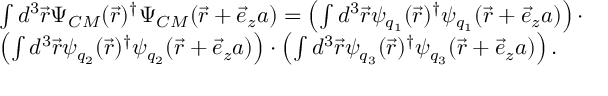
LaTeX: \begin{array} { l } { { \int d ^ { 3 } \vec { r } \Psi _ { C M } ( \vec { r } ) ^ { \dagger } \Psi _ { C M } ( \vec { r } + \vec { e } _ { z } a ) = \left( \int d ^ { 3 } \vec { r } \psi _ { q _ { 1 } } ( \vec { r } ) ^ { \dagger } \psi _ { q _ { 1 } } ( \vec { r } + \vec { e } _ { z } a ) \right) \cdot } } \\ { { \left( \int d ^ { 3 } \vec { r } \psi _ { q _ { 2 } } ( \vec { r } ) ^ { \dagger } \psi _ { q _ { 2 } } ( \vec { r } + \vec { e } _ { z } a ) \right) \cdot \lefteqn { \textstyle \left( \int d ^ { 3 } \vec { r } \psi _ { q _ { 3 } } ( \vec { r } ) ^ { \dagger } \psi _ { q _ { 3 } } ( \vec { r } + \vec { e } _ { z } a ) \right) . } } } \end{array}